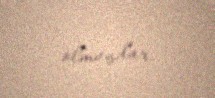
olmuşdur.